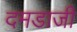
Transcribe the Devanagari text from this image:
दमडाजी